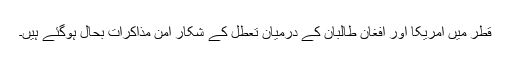
قطر میں امریکا اور افغان طالبان کے درمیان تعطل کے شکار امن مذاکرات بحال ہوگئے ہیں۔